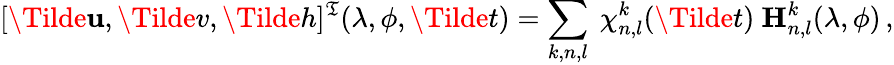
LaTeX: [\Tilde{\mathbf{u}},\Tilde{v},\Tilde{h}]^{\mathfrak{T}}(\lambda,\phi,\Tilde{t})=\sum_{k,n,l}\ \chi_{n,l}^{k}(\Tilde{t})\ \textbf{{H}}_{n,l}^{k}(\lambda,\phi)\, ,